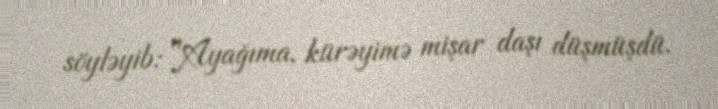
söyləyib: "Ayağıma, kürəyimə mişar daşı düşmüşdü.